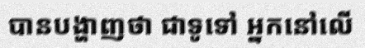
បានបង្ហាញថា ជាទូទៅ អ្នកនៅលើ